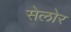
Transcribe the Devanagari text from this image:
सेलोर